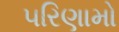
૫રિણામો